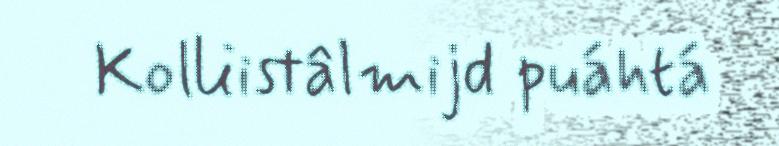
Kolliistâlmijd puáhtá